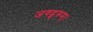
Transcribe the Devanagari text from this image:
जगद्गुरुम्।